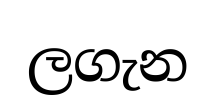
ලගැන